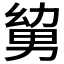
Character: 𭄹